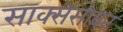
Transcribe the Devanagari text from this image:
साक्ससोबत